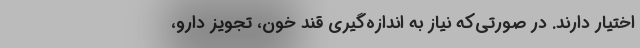
اختیار دارند. در صورتی‌که نیاز به اندازه‌گیری قند خون، تجویز دارو،